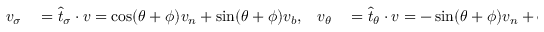
\begin{array} { r l r l } { v _ { \sigma } } & { { } = \widehat { t } _ { \sigma } \cdot v = \cos ( \theta + \phi ) v _ { n } + \sin ( \theta + \phi ) v _ { b } , } & { v _ { \theta } } & { { } = \widehat { t } _ { \theta } \cdot v = - \sin ( \theta + \phi ) v _ { n } + \cos ( \theta + \phi ) v _ { b } . } \end{array}